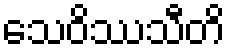
သေဝိဿသီတိ